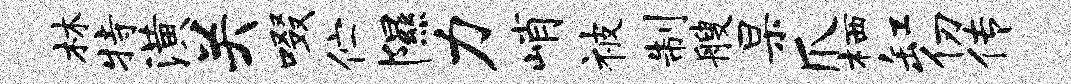
林特潢关啜伫隰力峭被制艘杲爪栖缸仞传